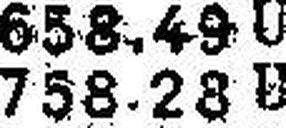
758.28 U